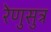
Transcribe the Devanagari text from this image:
रेणुसुत्र